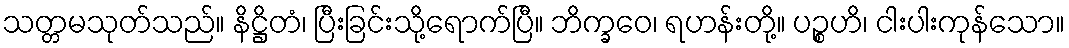
သတ္တမသုတ်သည်။ နိဋ္ဌိတံ၊ ပြီးခြင်းသို့ရောက်ပြီ။ ဘိက္ခဝေ၊ ရဟန်းတို့။ ပဉ္စဟိ၊ ငါးပါးကုန်သော။